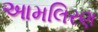
આમલિરણ